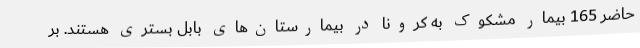
حاضر 165 بیمار مشکوک به کرونا در بیمارستان‌های بابل بستری هستند. بر